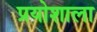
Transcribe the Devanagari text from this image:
प्रयोशाला